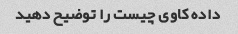
داده کاوی چیست را توضیح دهید